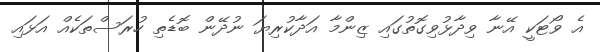
އެ ވޯޓަކީ އޭނާ ވިދާޅުވިގޮތުގައި ޒިންމާ އަދާކުރިޔަ ނުދޭން ބޮޑެތި ހުރަސްތަކެއް އަޅައި